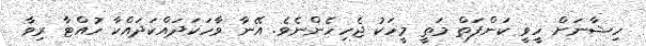
ހިޝާނަށް ހީވީ ކަންފަތް މަތީ މީހަކު ޖެހިހެންނެވެ. އޭނާ ވާހަކަދައްކަދައްކާ ހުއްޓާ ރިވާ